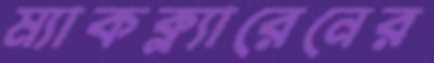
ম্যাকক্ল্যারেনের